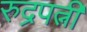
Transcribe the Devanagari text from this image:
रुद्रपत्नी